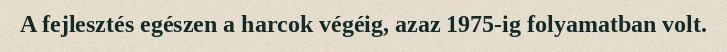
A fejlesztés egészen a harcok végéig, azaz 1975-ig folyamatban volt.